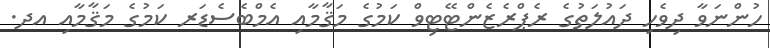
ހުންނަވާ ދިވެހި ދައުލަތުގެ ރެޕްރެޒެންޓޭޓިވް ކަމުގެ މަޤާމާއި އެމްބެސެޑަރ ކަމުގެ މަޤާމާއި އދ.